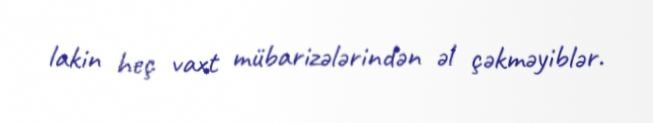
lakin heç vaxt mübarizələrindən əl çəkməyiblər.